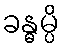
ခန္ဓမ္ပိ